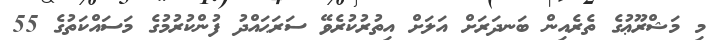
މި މަޝްރޫޢުގެ ތެރެއިން ބަނދަރަށް އަލަށް އިތުރުކުރެވޭ ސަރަޙައްދު ފުންކުރުމުގެ މަސައްކަތުގެ 55